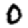
Digit: 0